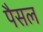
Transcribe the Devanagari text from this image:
पैसल